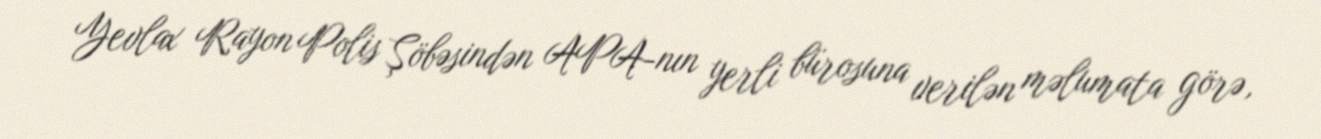
Yevlax Rayon Polis Şöbəsindən APA-nın yerli bürosuna verilən məlumata görə,